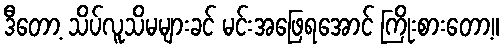
ဒီတော့ သိပ်လူသိမများခင် မင်းအဖြေရအောင် ကြိုးစားတော့။